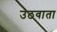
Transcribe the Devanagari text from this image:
उठवाता